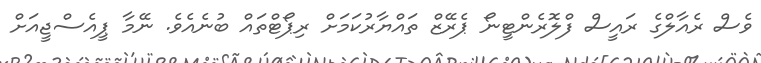
ވެސް ރެއާލްގެ ރައީސް ފްލޮރެންޓީނޯ ޕެރޭޒް ތައްޔާރުކަމަށް ރިޕޯޓްތައް ބުނެއެވެ. ނޭމާ ޕީއެސްޖީއަށް